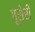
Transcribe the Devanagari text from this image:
गूसेरी